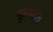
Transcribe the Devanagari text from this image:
सुप्रभदेव